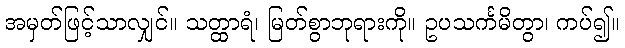
အမှတ်ဖြင့်သာလျှင်။ သတ္ထာရံ၊ မြတ်စွာဘုရားကို။ ဥပသင်္ကမိတွာ၊ ကပ်၍။